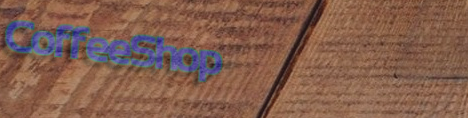
CoffeeShop